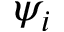
\psi _ { i }